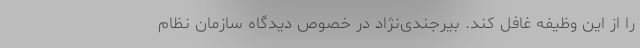
را از این وظیفه غافل کند. بیرجندی‌نژاد در خصوص دیدگاه سازمان نظام